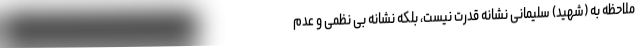
ملاحظه به (شهید) سلیمانی نشانه قدرت نیست، بلکه نشانه بی نظمی و عدم